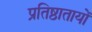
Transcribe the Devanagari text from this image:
प्रतिष्ठातायों